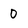
Character: 0